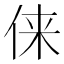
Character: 俫